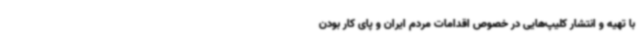
با تهیه و انتشار کلیپ‌هایی در خصوص اقدامات مردم ایران و پای کار بودن